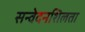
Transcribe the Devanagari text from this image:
सन्वेदनशिलता